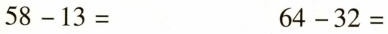
$$5 8 - 1 3 =$$ $$6 4 - 3 2 =$$